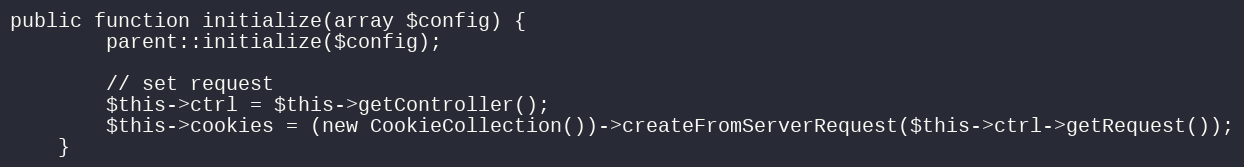
Language: PHP
public function initialize(array $config) {
        parent::initialize($config);

        // set request
        $this->ctrl = $this->getController();
        $this->cookies = (new CookieCollection())->createFromServerRequest($this->ctrl->getRequest());
    }